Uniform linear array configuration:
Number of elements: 32
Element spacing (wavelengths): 1
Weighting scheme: binomial
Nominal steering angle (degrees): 30
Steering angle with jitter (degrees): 29.57
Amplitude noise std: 0.05
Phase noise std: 0.05

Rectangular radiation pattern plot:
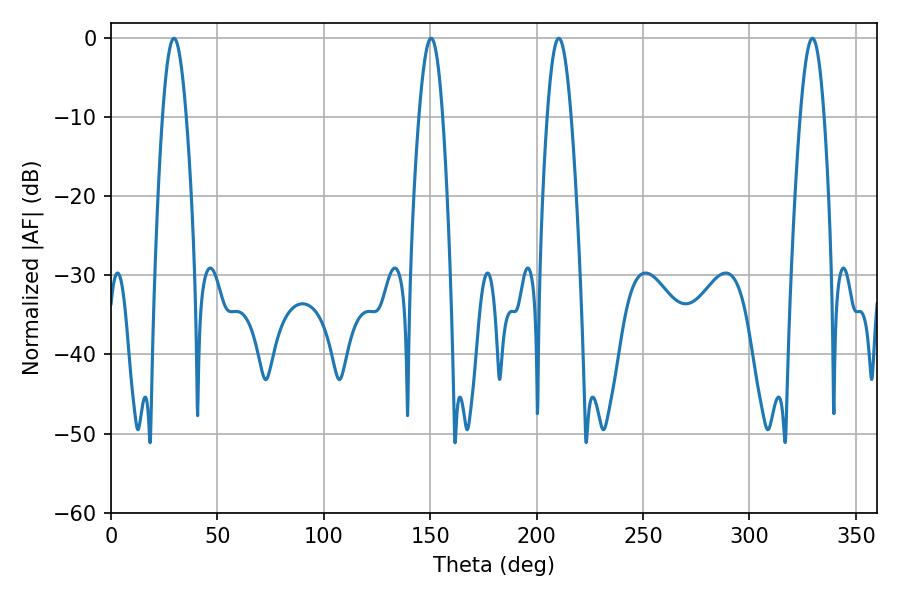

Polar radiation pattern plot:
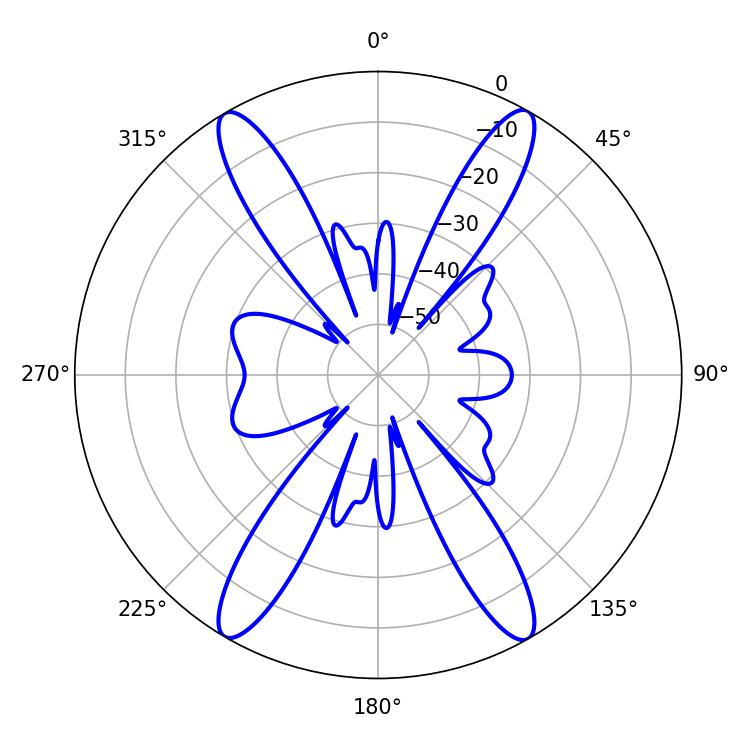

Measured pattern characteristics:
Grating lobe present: TRUE
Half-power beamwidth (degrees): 6.12
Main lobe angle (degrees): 210.42